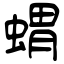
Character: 蝟